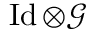
\operatorname { I d } \otimes \mathcal { G }